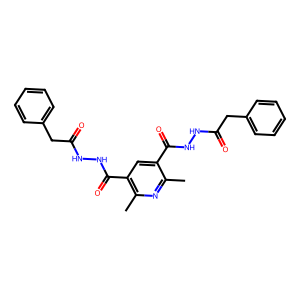
SMILES: Cc1nc(C)c(C(=O)NNC(=O)Cc2ccccc2)cc1C(=O)NNC(=O)Cc1ccccc1
Inhibits HIV replication: No